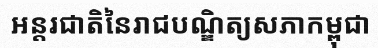
អន្តរជាតិនៃរាជបណ្ឌិត្យសភាកម្ពុជា